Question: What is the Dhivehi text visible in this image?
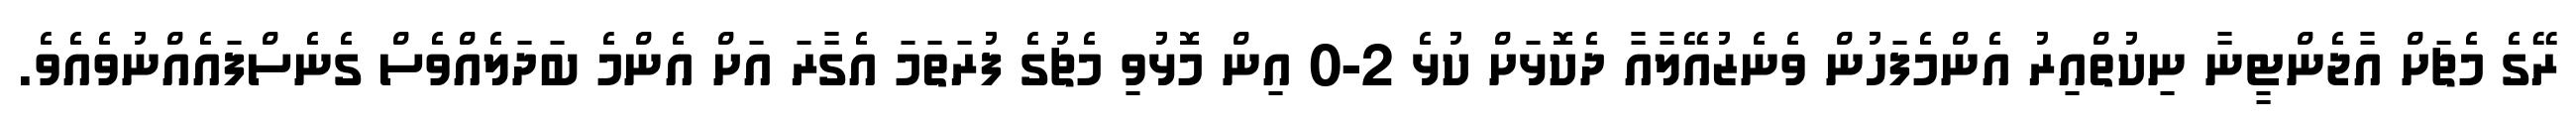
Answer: ރޭގެ މެޗަށް އާޖެންޓީނާ ނިކުތްއިރު އެންމެފަހުން ވެނެޒުއޭލާއާ ދެކޮޅަށް ކުޅެ 2-0 އިން މޮޅުވި މެޗުގެ ފުރަތަމަ އެގާރަ އަށް އެންމެ ބަދަލެއްވެސް ގެނެސްފައެއްނުވެއެވެ.